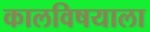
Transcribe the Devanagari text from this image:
कालविषयाला